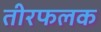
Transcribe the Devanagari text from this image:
तीरफलक